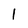
Character: 1